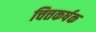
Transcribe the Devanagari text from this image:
चित्तकर्षक